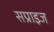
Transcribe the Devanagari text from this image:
सप्राइज